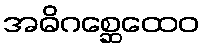
အဓိဂစ္ဆေထေဝ